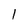
Character: 1